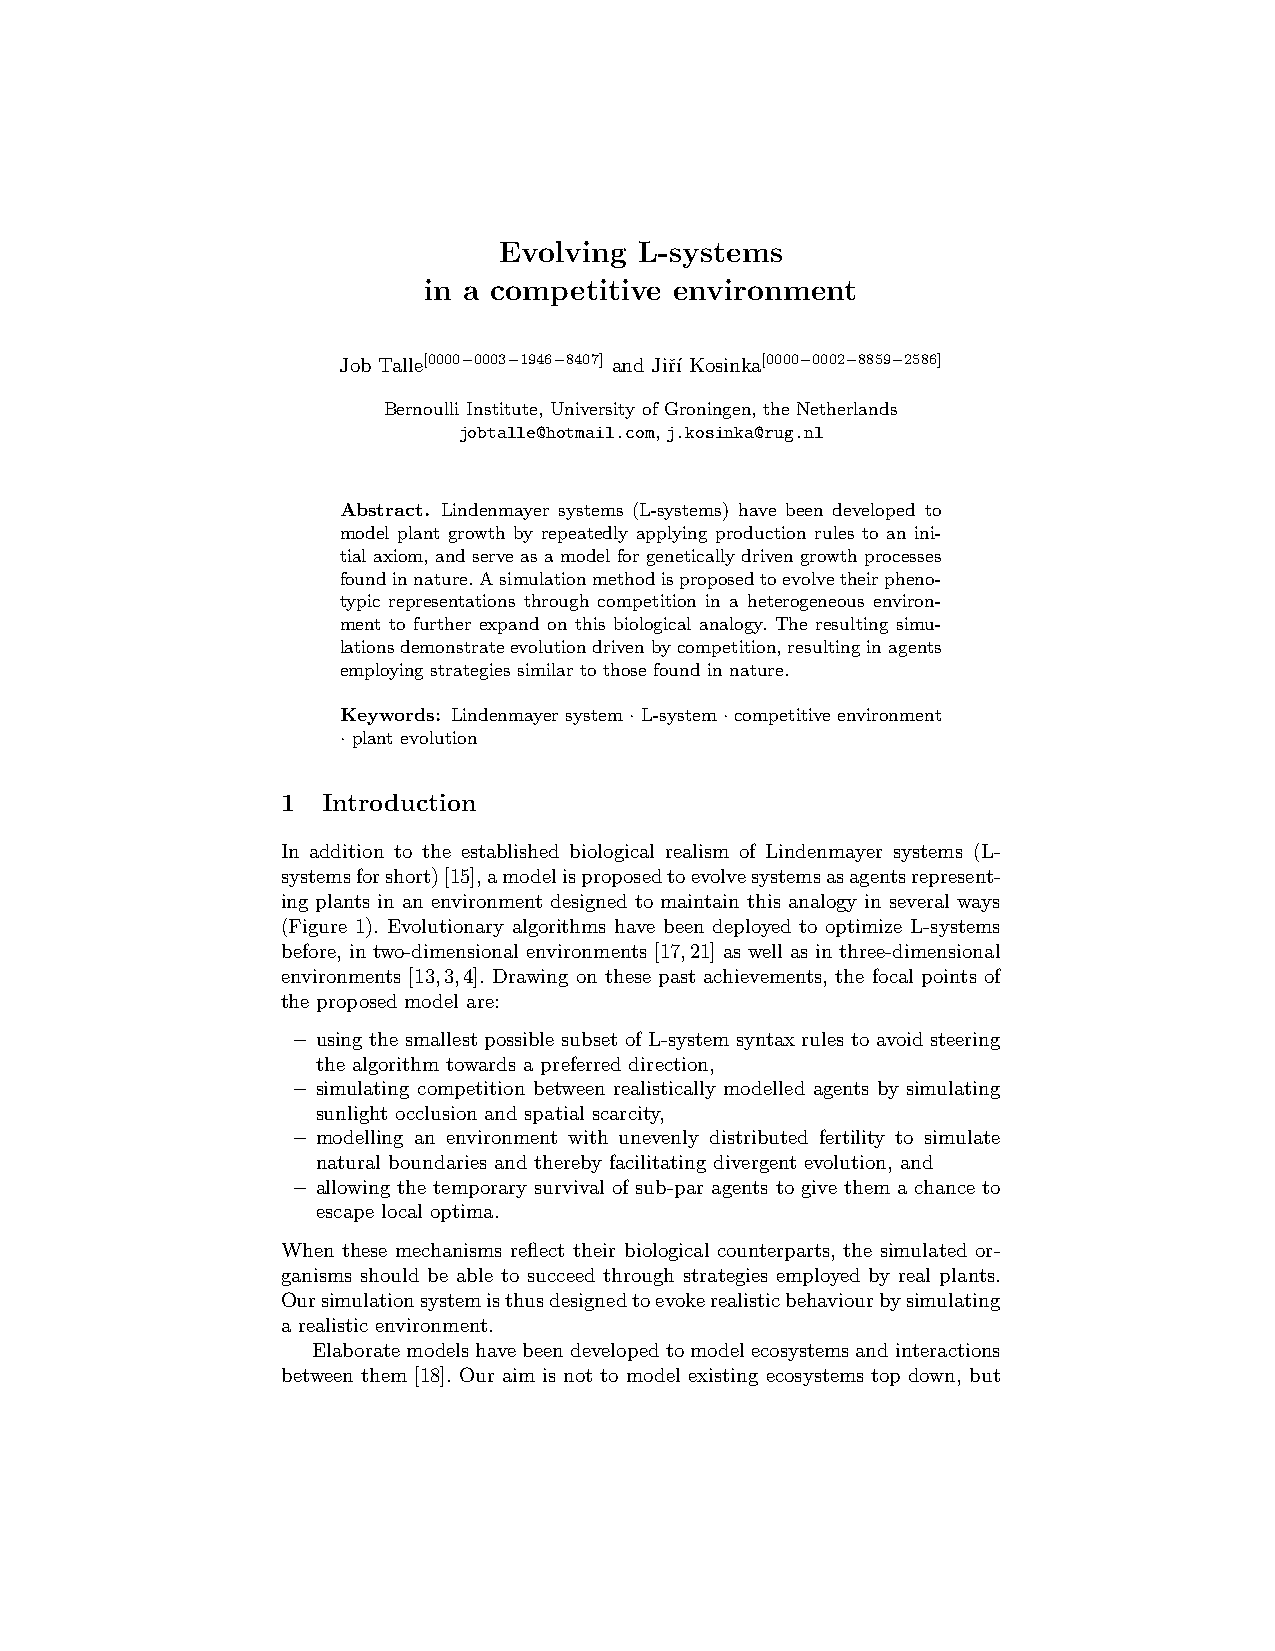
Evolving L-systems
 in a competitive environment
 Job Talle[0000−0003−1946−8407] and Jiˇr´ı Kosinka[0000−0002−8859−2586]
 Bernoulli Institute, University of Groningen, the Netherlands
 jobtalle@hotmail.com, j.kosinka@rug.nl
 Abstract. Lindenmayer systems (L-systems) have been developed to
 model plant growth by repeatedly applying production rules to an ini-
 tial axiom, and serve as a model for genetically driven growth processes
 foundinnature.Asimulationmethodisproposedtoevolvetheirpheno-
 typic representations through competition in a heterogeneous environ-
 ment to further expand on this biological analogy. The resulting simu-
 lationsdemonstrateevolutiondrivenbycompetition,resultinginagents
 employing strategies similar to those found in nature.
 Keywords: Lindenmayersystem·L-system·competitiveenvironment
 · plant evolution
 1 Introduction
 In addition to the established biological realism of Lindenmayer systems (L-
 systemsforshort)[15],amodelisproposedtoevolvesystemsasagentsrepresent-
 ing plants in an environment designed to maintain this analogy in several ways
 (Figure 1). Evolutionary algorithms have been deployed to optimize L-systems
 before, in two-dimensional environments [17,21] as well as in three-dimensional
 environments [13,3,4]. Drawing on these past achievements, the focal points of
 the proposed model are:
 – using the smallest possible subset of L-system syntax rules to avoid steering
 the algorithm towards a preferred direction,
 – simulating competition between realistically modelled agents by simulating
 sunlight occlusion and spatial scarcity,
 – modelling an environment with unevenly distributed fertility to simulate
 natural boundaries and thereby facilitating divergent evolution, and
 – allowing the temporary survival of sub-par agents to give them a chance to
 escape local optima.
 When these mechanisms reflect their biological counterparts, the simulated or-
 ganisms should be able to succeed through strategies employed by real plants.
 Oursimulationsystemisthusdesignedtoevokerealisticbehaviourbysimulating
 a realistic environment.
 Elaboratemodelshavebeendevelopedtomodelecosystemsandinteractions
 between them [18]. Our aim is not to model existing ecosystems top down, but